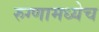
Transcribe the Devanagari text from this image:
रुग्णामध्येच